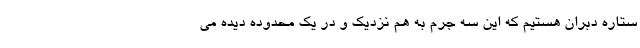
ستاره دبران هستیم که این سه جرم به هم نزدیک و در یک محدوده دیده می